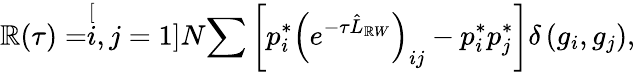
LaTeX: \mathbb{R}(\tau)=\stackrel[i,j=1]{N}{\sum}\left[p_{i}^{*}\left(e^{-\tau\hat{{L}}_{\mathbb{R}W}}\right)_{ij}-p_{i}^{*}p_{j}^{*}\right]\delta\left(g_{i},g_{j}\right),